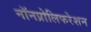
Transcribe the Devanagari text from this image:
नॉनप्रोलिफरेशन